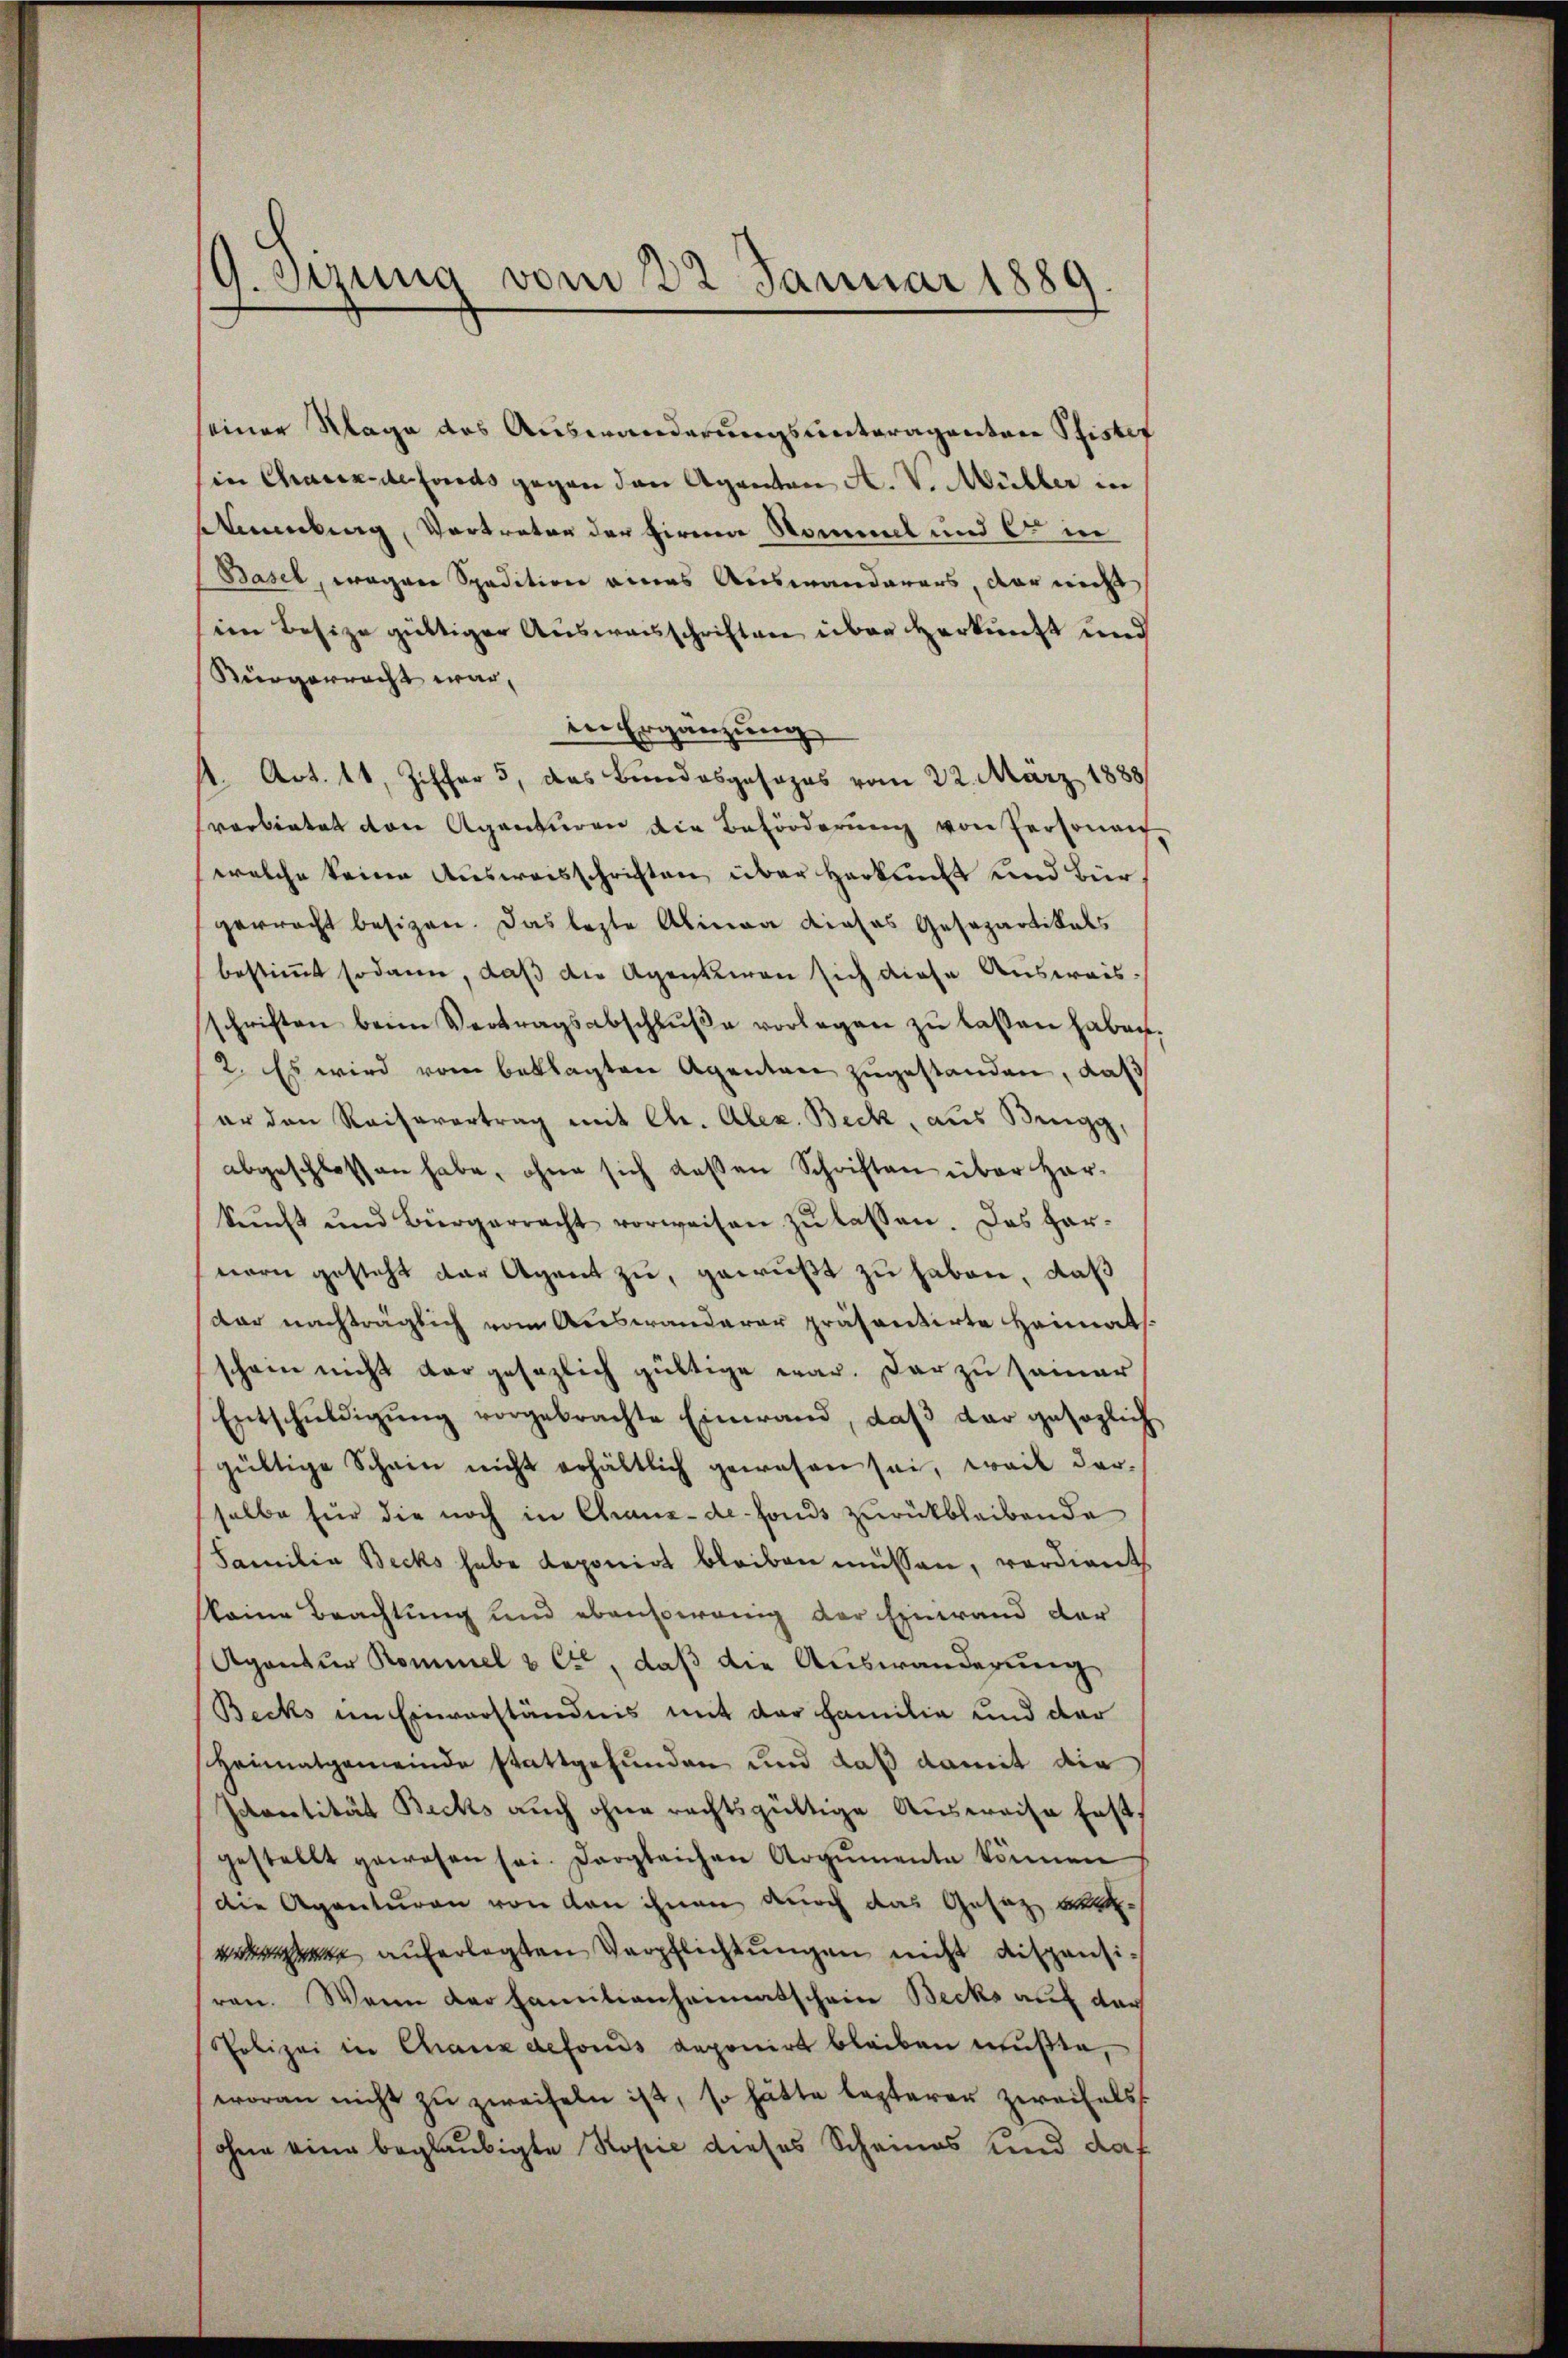
seiner Mage des Auswanderungsantragenten Pfister
in Chaux-defonds gegen den Aganton A. V. Müller in
Menburg, Vertreter der Firma Sommel und 6 in
Basel, wegen Spedition eines Auswanderers, der nicht
im Besize gültiger Ausweisschriften über Herkunft und
Kürgerracht war,
in Ergänzung
s. Art. 11, Ziffer 5, das Bundesgesezes vom 22. März 1888
verbietet von Agenturen die Beförderŭng von Persona
welche keine Ausweisschriften über Herkunft und Bürgerrecht besizen. Das lezte Alinea dieses Gesepartikals
bestimmt sodann, daß die Agenteren sich diese Ausweis-
schriften beim Vertragsabschlŭβe vorlegen zŭ lassen haben.
2. Es wird von beklagten Agenten zŭgestanden, daß
er den Reisevertrag mit Chr. Alex. Beck, aus Brugg,
abgeschlossen habe, ohne sich deβen Schriften über Harkŭnft und Bürgerrecht vorweisen zŭ lassen. Das har-
nern gesteht der Agent zu, gewußt zu haben, daß
dar nachträglich vom Auswanderar präsentirte Heimats-
schein nicht dargesezlich gültige war. Der zu seiner
Entschuldigung vorgebrachte Einwand, daß dar gesaglich
gültige Schein nicht erhältlich gewesen sei, weil dar-
salbe für die noch in Chaux-de-Fonds zurückbleibende
Familia Becks habe deponirt bleiben müssen, verdient
keine Beachtung und ebensowenig der Einwand der
Agentur Rommel & Cie, daß die Auswanderung
Becks im Einverständnis mit der Familie und der
sheimatgemeinde stattgefunden und daß damit die
Ichantität Becks auch ohne rechtsgültige Ausweise fest,
gestellt gewesen sei. Dergleichen Argumente können
die Agenturen von den ihnen durch das Gesetz be
Wrange auferlegten Verpflichtungen nicht dispensiren. Wenn der Familienheimatschein Becks auf der
Polizei in Chauzdefonds deponirt bleiben mußte,
woran nicht zŭ zweifeln ist, so hätte lezterer zweifels
ohne eine beglaubigte Kopie dieses Scheines und daf

G. Szung vom 22 Januar 1889.